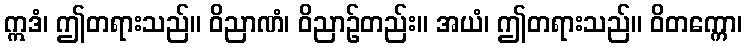
ဣဒံ၊ ဤတရားသည်။ ဝိညာဏံ၊ ဝိညာဉ်တည်း။ အယံ၊ ဤတရားသည်။ ဝိတက္ကော၊